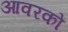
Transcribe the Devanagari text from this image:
आवरकों